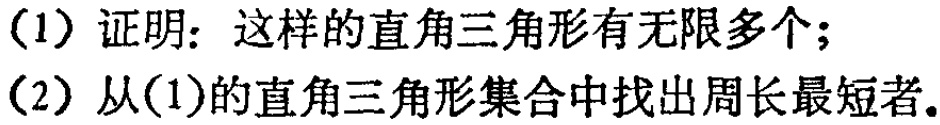
(1) 证明：这样的直角三角形有无限多个；

(2) 从(1)的直角三角形集合中找出周长最短者。